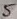
Text: 5